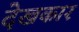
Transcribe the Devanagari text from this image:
देखकार